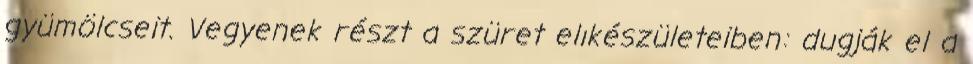
gyümölcseit. Vegyenek részt a szüret elıkészületeiben: dugják el a